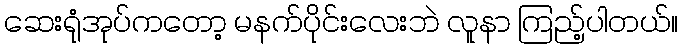
ဆေးရုံအုပ်ကတော့ မနက်ပိုင်းလေးဘဲ လူနာ ကြည့်ပါတယ်။